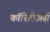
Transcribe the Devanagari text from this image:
कॉरिडोअर्स